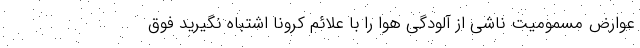
عوارض مسمومیت ناشی از آلودگی هوا را با علائم کرونا اشتباه نگیرید فوق